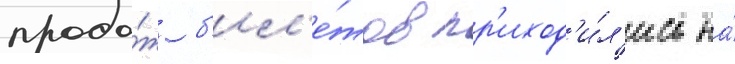
прода́ж б'ил'е́тов пр'иход'и́л'ись на́